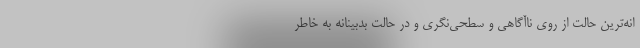
انه‌ترین حالت از روی ناآگاهی و سطحی‌نگری و در حالت بدبینانه به خاطر